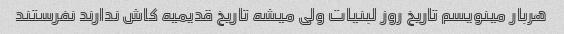
هربار مینویسم تاریخ روز لبنیات ولی میشه تاریخ قدیمیه کاش ندارند نفرستند